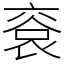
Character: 䘱